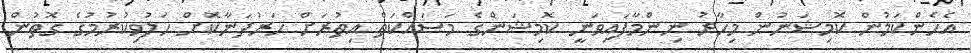
އެހެންކަމުން ކޮމިޝަނުން މިހާރު ނިންމާފައިވަނީ ކޮމިޝަންގެ މަސައްކަތް އިތުރަށް ހަރުދަނާކޮށް ހަލުވިކުރުމުގެ ގޮތުން